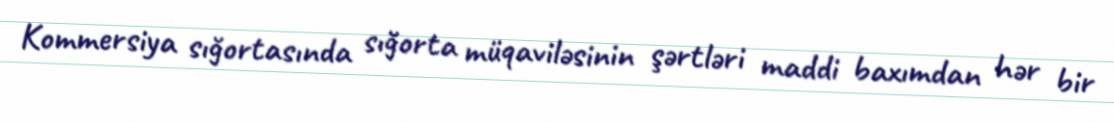
Kommersiya sığortasında sığorta müqaviləsinin şərtləri maddi baxımdan hər bir